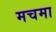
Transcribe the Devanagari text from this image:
मचमा